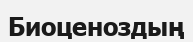
Биоценоздың